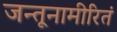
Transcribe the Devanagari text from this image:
जन्तूनामीरितं